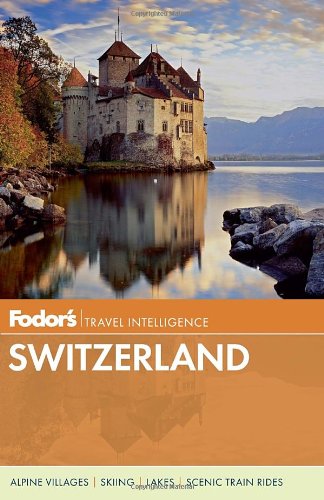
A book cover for Fodor's Switzerland (Full-color Travel Guide); Fodor's; Travel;